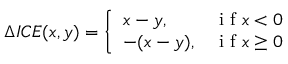
\Delta I C E ( x , y ) = \left\{ \begin{array} { l l } { x - y , } & { \mathrm { ~ i ~ f ~ } x < 0 } \\ { - ( x - y ) , } & { \mathrm { ~ i ~ f ~ } x \geq 0 } \end{array} \right.